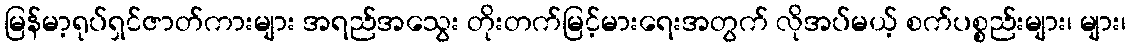
မြန်မာ့ရုပ်ရှင်ဇာတ်ကားများ အရည်အသွေး တိုးတက်မြင့်မားရေးအတွက် လိုအပ်မယ့် စက်ပစ္စည်းများ၊ များ၊